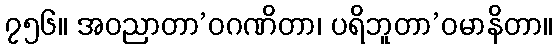
၇၅၆။ အဝညာတာ’ဝဂဏိတာ၊ ပရိဘူတာ’ဝမာနိတာ။